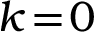
k \! = \! 0